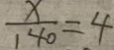
\frac { x } { 1 4 0 } = 4